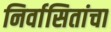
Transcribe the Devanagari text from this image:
निर्वासितांचा